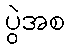
ပွဲအစ